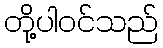
တို့ပါဝင်သည်